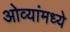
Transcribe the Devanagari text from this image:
ओव्यांमध्ये